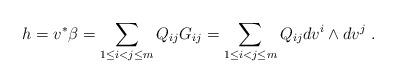
LaTeX: \begin{align*} h =v^\ast\beta= \sum _{1\leq i<j\leq m} Q_{ij}G_{ij} = \sum _{1\leq i<j\leq m} Q_{ij} dv^i\wedge dv^j\ .\end{align*}